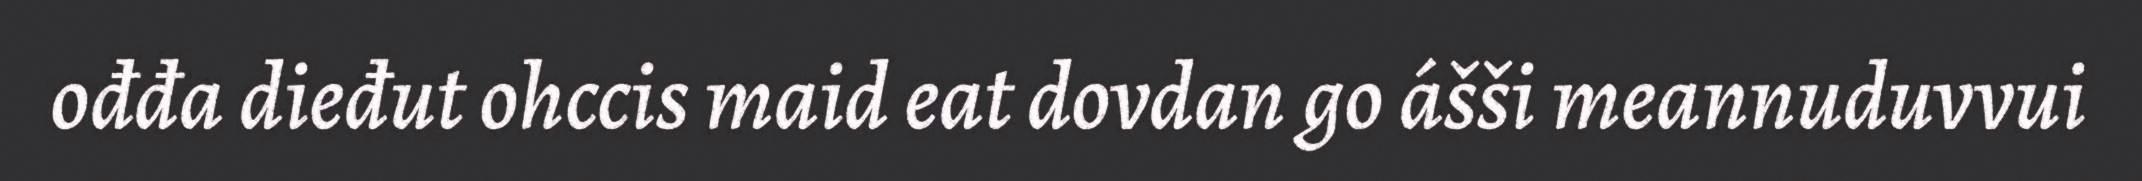
ođđa dieđut ohccis maid eat dovdan go ášši meannuduvvui